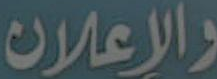
والاعلان